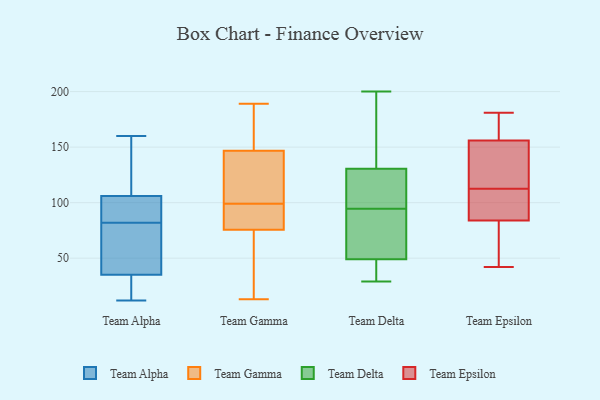
{"axis": {"x": "Revenue (USD Million)", "y": "Value"}, "legend": ["Team Alpha", "Team Delta", "Team Epsilon", "Team Gamma"], "data": [{"x": "", "y": 16, "type": "Team Alpha"}, {"x": "", "y": 119, "type": "Team Alpha"}, {"x": "", "y": 89, "type": "Team Alpha"}, {"x": "", "y": 12, "type": "Team Alpha"}, {"x": "", "y": 61, "type": "Team Alpha"}, {"x": "", "y": 104, "type": "Team Alpha"}, {"x": "", "y": 106, "type": "Team Alpha"}, {"x": "", "y": 160, "type": "Team Alpha"}, {"x": "", "y": 35, "type": "Team Alpha"}, {"x": "", "y": 75, "type": "Team Alpha"}, {"x": "", "y": 140, "type": "Team Gamma"}, {"x": "", "y": 125, "type": "Team Gamma"}, {"x": "", "y": 80, "type": "Team Gamma"}, {"x": "", "y": 97, "type": "Team Gamma"}, {"x": "", "y": 99, "type": "Team Gamma"}, {"x": "", "y": 64, "type": "Team Gamma"}, {"x": "", "y": 131, "type": "Team Gamma"}, {"x": "", "y": 189, "type": "Team Gamma"}, {"x": "", "y": 13, "type": "Team Gamma"}, {"x": "", "y": 51, "type": "Team Gamma"}, {"x": "", "y": 131, "type": "Team Gamma"}, {"x": "", "y": 176, "type": "Team Gamma"}, {"x": "", "y": 74, "type": "Team Gamma"}, {"x": "", "y": 54, "type": "Team Gamma"}, {"x": "", "y": 83, "type": "Team Gamma"}, {"x": "", "y": 86, "type": "Team Gamma"}, {"x": "", "y": 168, "type": "Team Gamma"}, {"x": "", "y": 161, "type": "Team Gamma"}, {"x": "", "y": 149, "type": "Team Gamma"}, {"x": "", "y": 112, "type": "Team Delta"}, {"x": "", "y": 117, "type": "Team Delta"}, {"x": "", "y": 121, "type": "Team Delta"}, {"x": "", "y": 141, "type": "Team Delta"}, {"x": "", "y": 47, "type": "Team Delta"}, {"x": "", "y": 72, "type": "Team Delta"}, {"x": "", "y": 140, "type": "Team Delta"}, {"x": "", "y": 95, "type": "Team Delta"}, {"x": "", "y": 94, "type": "Team Delta"}, {"x": "", "y": 51, "type": "Team Delta"}, {"x": "", "y": 66, "type": "Team Delta"}, {"x": "", "y": 46, "type": "Team Delta"}, {"x": "", "y": 46, "type": "Team Delta"}, {"x": "", "y": 190, "type": "Team Delta"}, {"x": "", "y": 29, "type": "Team Delta"}, {"x": "", "y": 200, "type": "Team Delta"}, {"x": "", "y": 146, "type": "Team Epsilon"}, {"x": "", "y": 42, "type": "Team Epsilon"}, {"x": "", "y": 157, "type": "Team Epsilon"}, {"x": "", "y": 170, "type": "Team Epsilon"}, {"x": "", "y": 181, "type": "Team Epsilon"}, {"x": "", "y": 84, "type": "Team Epsilon"}, {"x": "", "y": 115, "type": "Team Epsilon"}, {"x": "", "y": 155, "type": "Team Epsilon"}, {"x": "", "y": 84, "type": "Team Epsilon"}, {"x": "", "y": 89, "type": "Team Epsilon"}, {"x": "", "y": 84, "type": "Team Epsilon"}, {"x": "", "y": 110, "type": "Team Epsilon"}]}